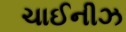
ચાઈનીઝ